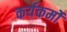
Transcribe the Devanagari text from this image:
कर्यकर्मो